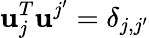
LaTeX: \mathbf{u}_{j}^{T}\mathbf{u}^{j^{\prime}}=\delta_{j,j^{\prime}}